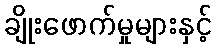
ချိုးဖောက်မှုများနှင့်